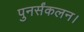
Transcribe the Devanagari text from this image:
पुनर्संकलन।